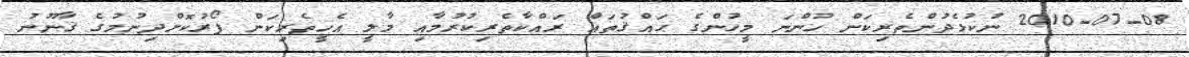
2010-07-08 ނުކުޅެދުންތެރިކަން ހުންނަ މީހުންގެ ޙައްޤުތައް ރައްކާތެރިކުރުމާއި މާލީ އެހީތެރިކަން ފޯރުކޮށްދިނުމުގެ ޤާނޫނު